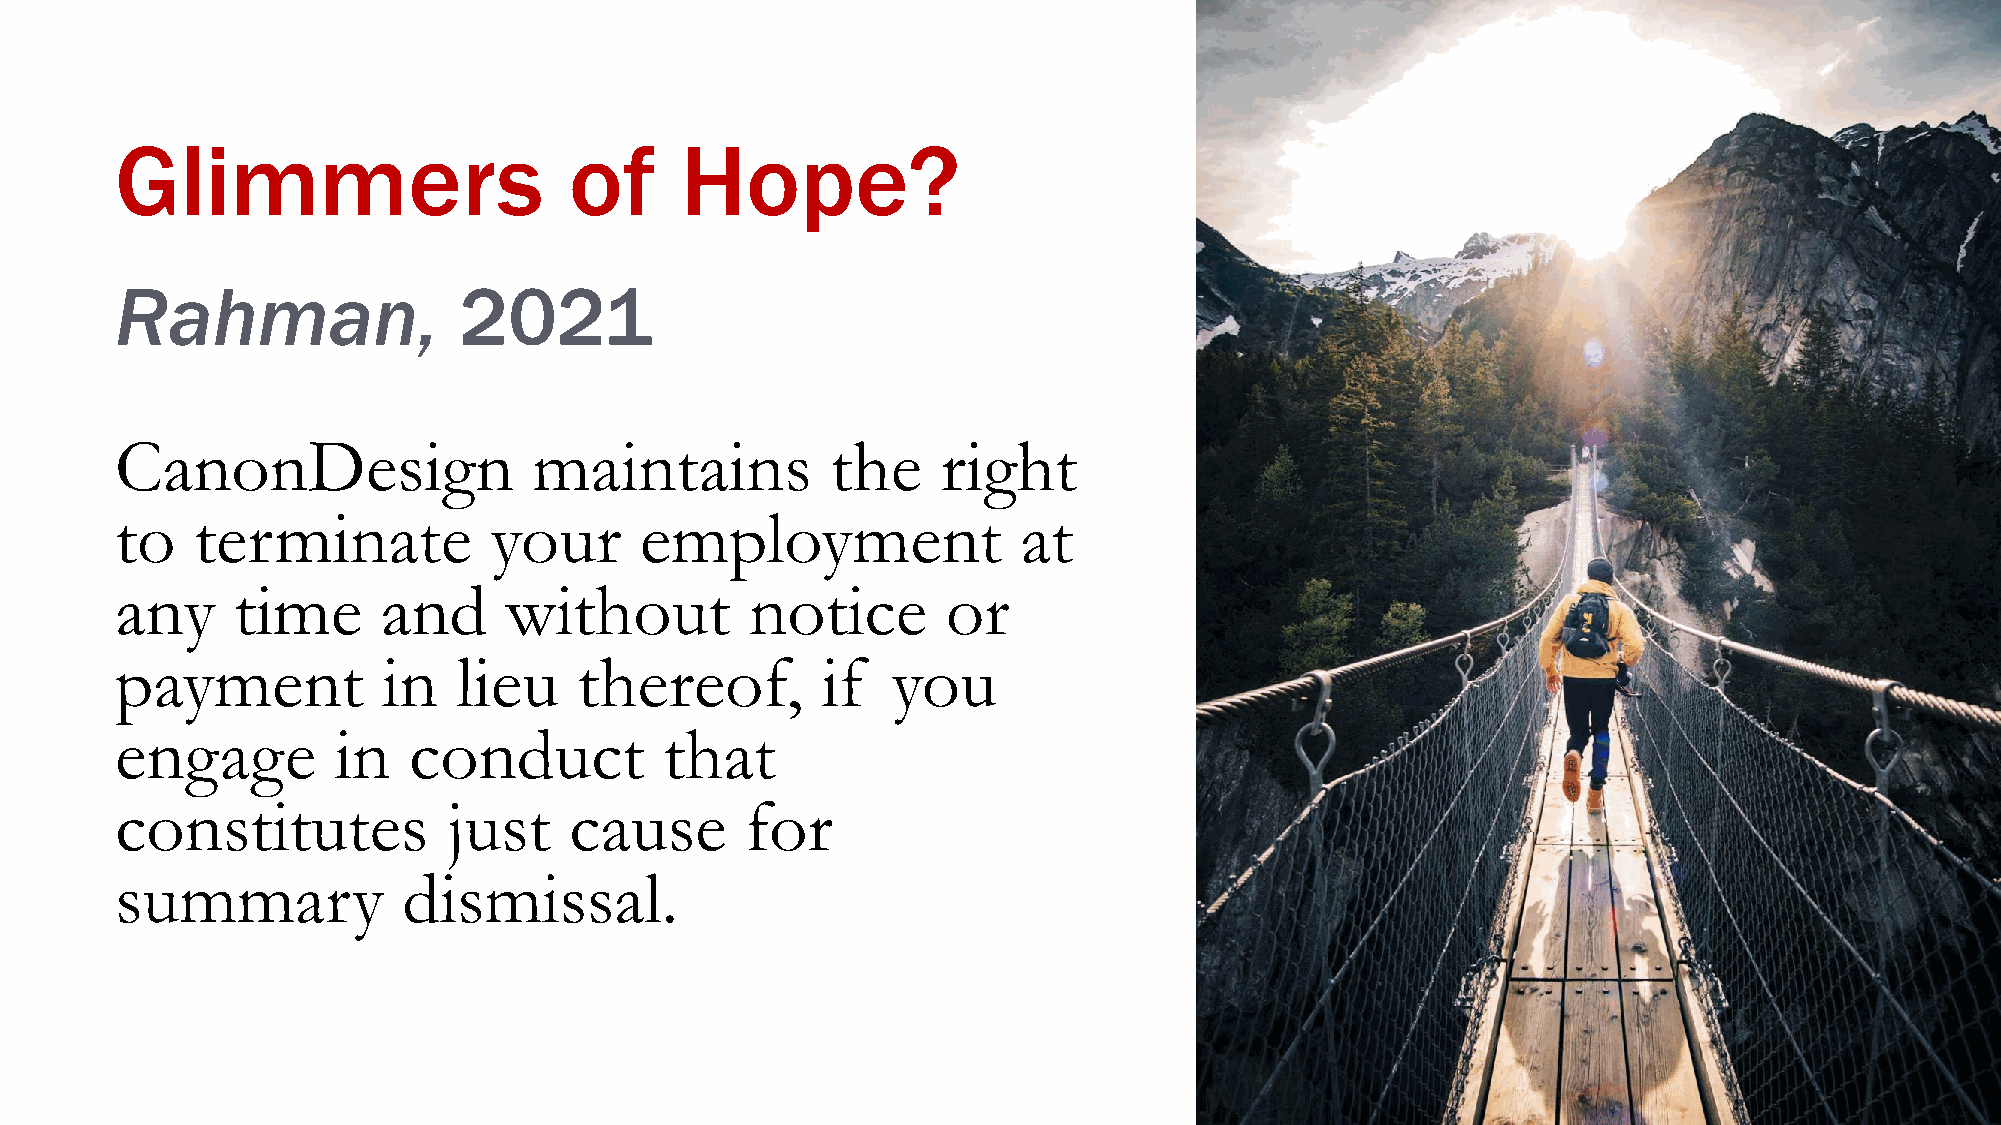
Glimmers                      of     Hope?
 Rahman,               2021
 CanonDesign                maintains           the    right
 to   terminate          your      employment                at
 any    time      and     without          notice       or
 payment          in   lieu    thereof,        if   you
 engage        in   conduct          that
 constitutes           just    cause      for
 summary            dismissal.